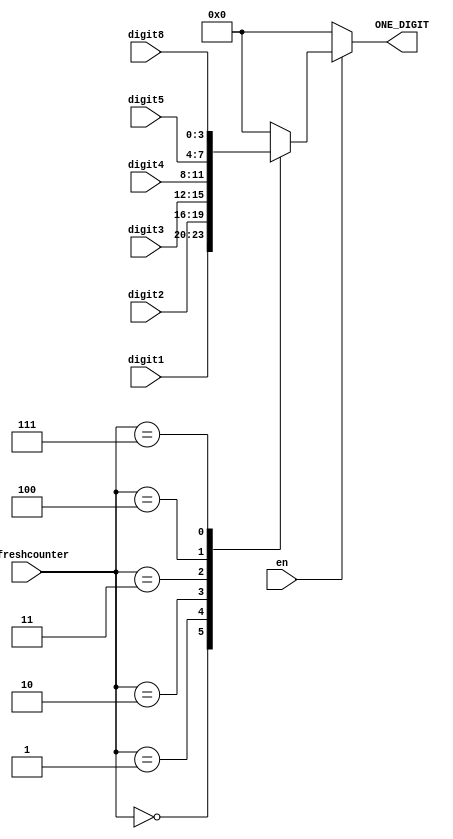
module BCD_control (
    input [3:0] digit1,  // ones
    input [3:0] digit2,  // tens
    input [3:0] digit3,  // hundreds
    input [3:0] digit4,  // thousands
    input [3:0] digit5,  // ten thousands
    input [3:0] digit8,  // buff size
    input [2:0] refreshcounter,
    input en,
    output reg [3:0] ONE_DIGIT = 0  // choose which digit is to be displayed
);

  always @(refreshcounter) begin
    if (en) begin
      case (refreshcounter)
        3'd0: ONE_DIGIT = digit1;  // digit 1 value ON
        3'd1: ONE_DIGIT = digit2;  // digit 2 value ON
        3'd2: ONE_DIGIT = digit3;  // digit 3 value ON
        3'd3: ONE_DIGIT = digit4;  // digit 4 value ON 
        3'd4: ONE_DIGIT = digit5;  // digit 5 value ON 
        3'd7: ONE_DIGIT = digit8;
        default: ONE_DIGIT = 0;
      endcase
    end else ONE_DIGIT = 0;
  end
endmodule